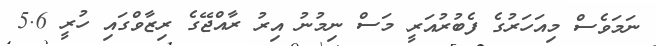
ނަމަވެސް މިއަހަރުގެ ފެބުރުއަރީ މަސް ނިމުނު އިރު ރާއްޖޭގެ ރިޒާވްގައި ހުރީ 5.6